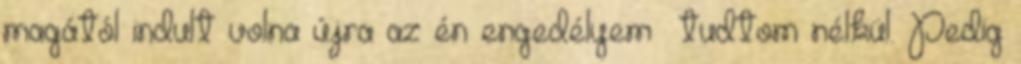
magától indult volna újra az én engedélyem tudtom nélkül. Pedig